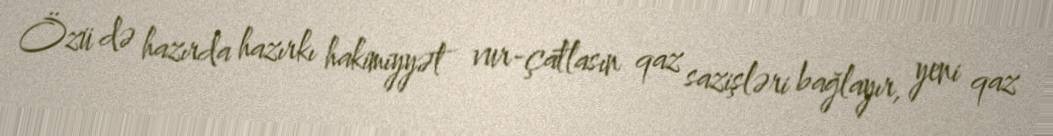
Özü də hazırda hazırkı hakimiyyət vur-çatlasın qaz sazişləri bağlayır, yeni qaz